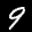
Label: 9